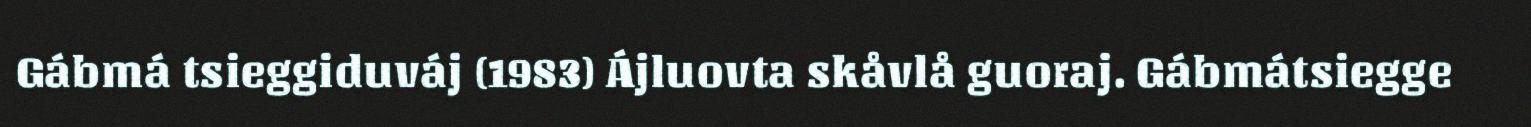
Gábmá tsieggiduváj (1983) Ájluovta skåvlå guoraj. Gábmátsiegge